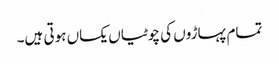
تمام پہاڑوں کی چوٹیاں یکساں ہوتی ہیں۔